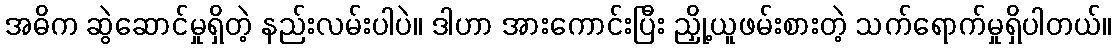
အဓိက ဆွဲဆောင်မှုရှိတဲ့ နည်းလမ်းပါပဲ။ ဒါဟာ အားကောင်းပြီး ညှို့ယူဖမ်းစားတဲ့ သက်ရောက်မှုရှိပါတယ်။